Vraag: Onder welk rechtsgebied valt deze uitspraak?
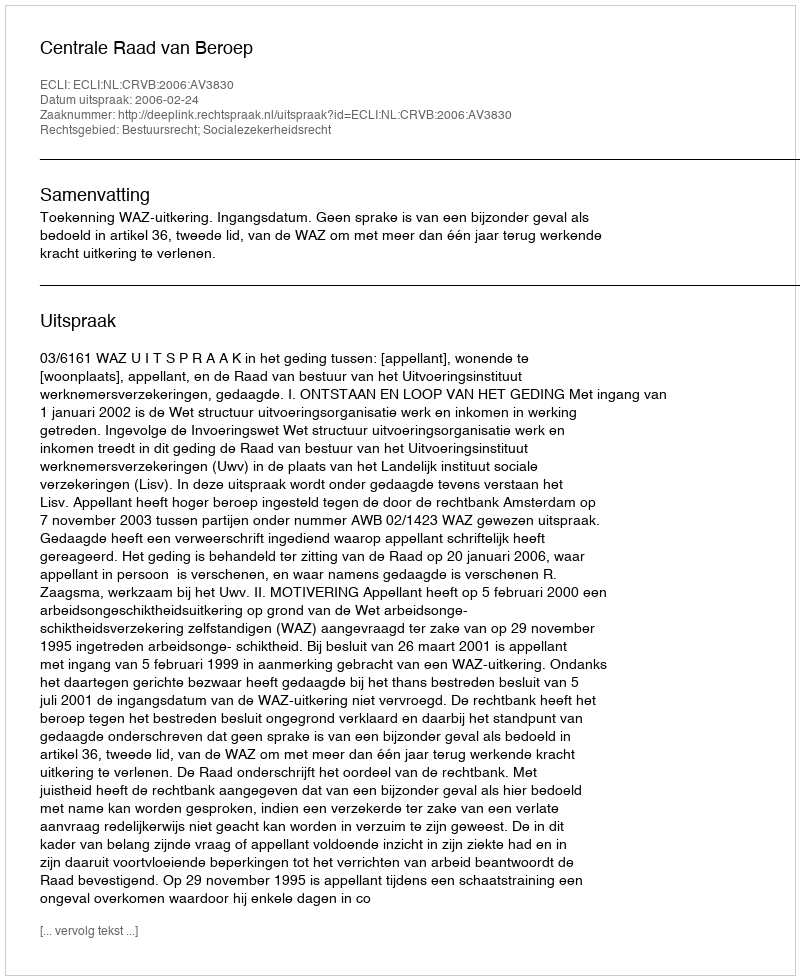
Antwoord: Bestuursrecht; Socialezekerheidsrecht